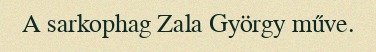
A sarkophag Zala György műve.